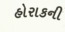
હોરાકની